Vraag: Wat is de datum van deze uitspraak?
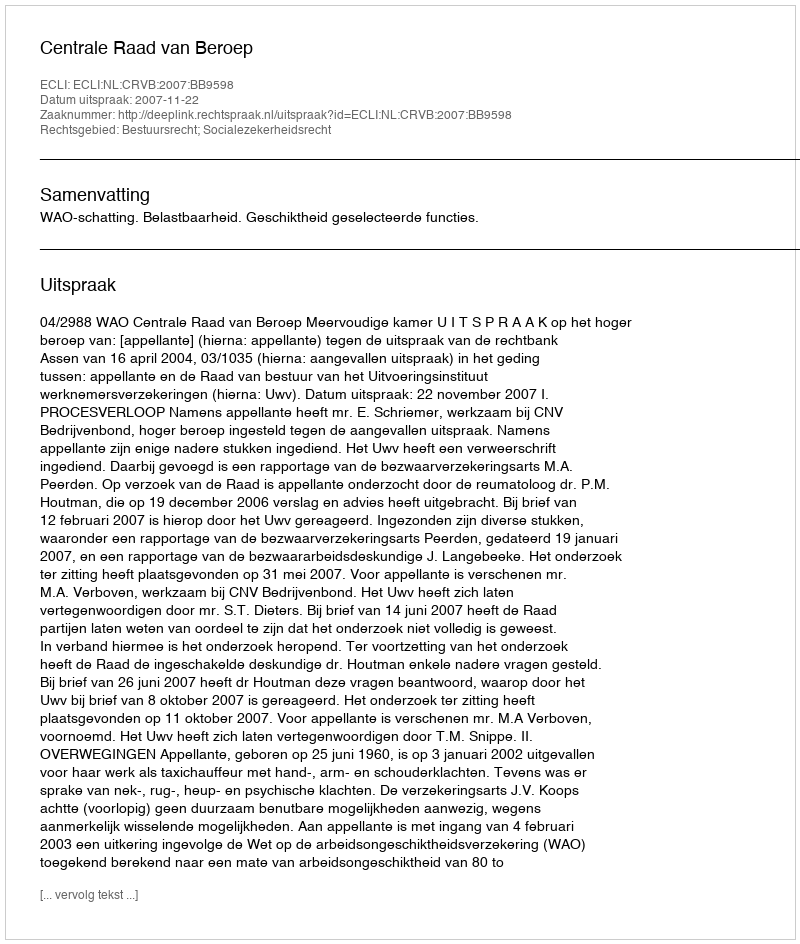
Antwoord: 2007-11-22